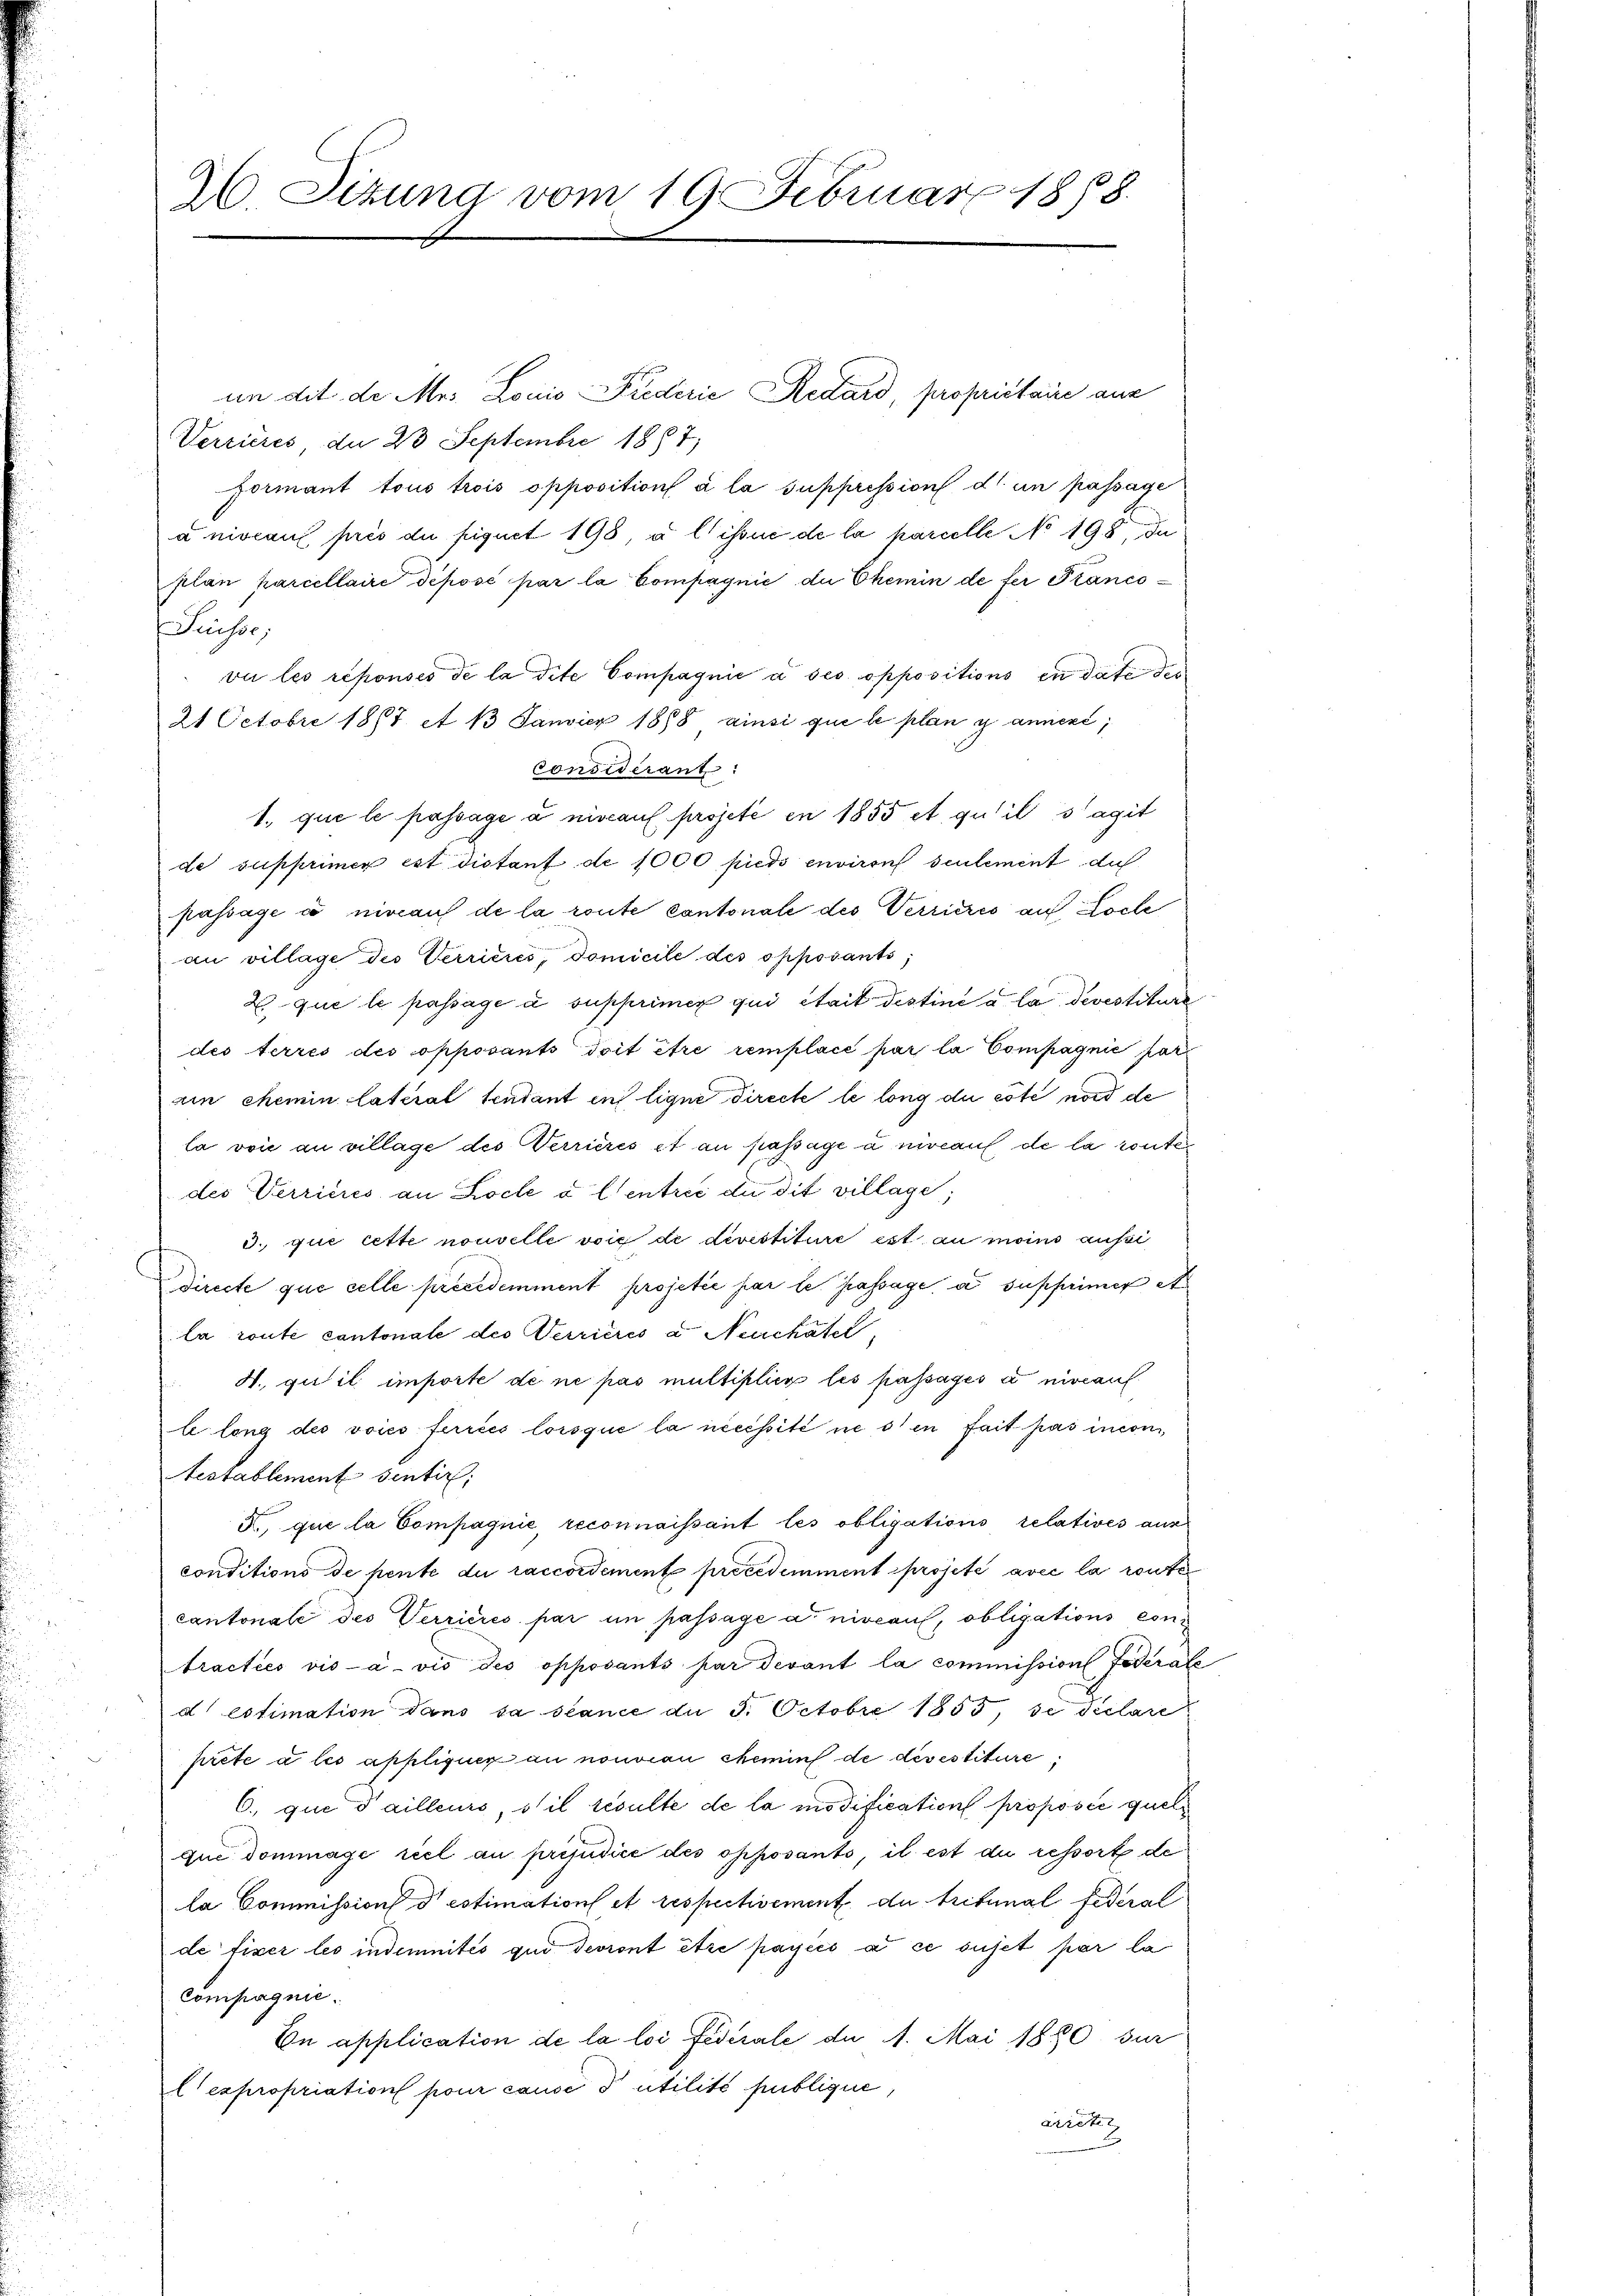
.

in dit de Mei Louis Friderie Redard, propriétaire aus
Verrieres, du 28 Septembre 1867)
formant tous trois opposition à la suppression d. in passage
a niveau près du friquet 198, a lissue de la karcelle No 198, da
plan parcellaire déposé par la Compagnie die Chemin de fer Franco¬
Puisse,
vir les réponsis de la dite Compagnie à ses oppositions in date der
21 Octobre 1867 A 13 Janvier 1878 ainsi que le plan y annert;
Considérant:
1. que le passage à niveau projeté en 1855 et qu’il s’agit
de supprimer est distauf de 1000 pieds environs seulement du
passage co niveaus de la route cantonale des Verricrés auf Loche
an village des Verrieres, domicile des opposants;
2. que le passage à supprimer qui était destiné à la devestiture
des terres des opposants doit être remplace par la Compagnie par
ain chemin lateral sendant en ligne directe le long der este nord de
la von an village des Verriérés et an passage à niveauf de la routen
des Verrieres an Koche à l’entrić die dit village;
3. que cette nouvelle voie de devestituire ist au moins aussi
directe que celle précédemment projetée par le passage, a supprimer A
la route cantonale des Verrieres a Neuchâtel,
4. gut il importe de ne pas multiplier les passages a niveauf
le long des voies ferréés lorsque la necessité ne s’en fait pas inconi,
Testablement sentir
F., que la Compagnie, reconnaissant les obligations relatives aus
conditions de pente du raccordement précédemment projeté avec la rente
cantonale des Verrieres par un passage au niveaul, obligations contractées vis-à-vis des opposants par devant la commission Federate
d estimation dans sa stance du 5. Octobre 1855, se déclare
prete a les appliquer an nouveau chemins de des estiture,
6. que dailleurs, s’il resulte de la modification proposée quelque dommage réel au préjudice des opposants, il est die ressort de
la Commission destimation et respectivement, du Tribunal Federal
de fixer les indemnités qui devront être payées à ce sujet par la
Compagnie.
On application de la loi fédérale der A. Mai 1850 sur
l expropriation pour cause d utilité publique,
arretir

26. Sizung vom 19. Februar 1888.